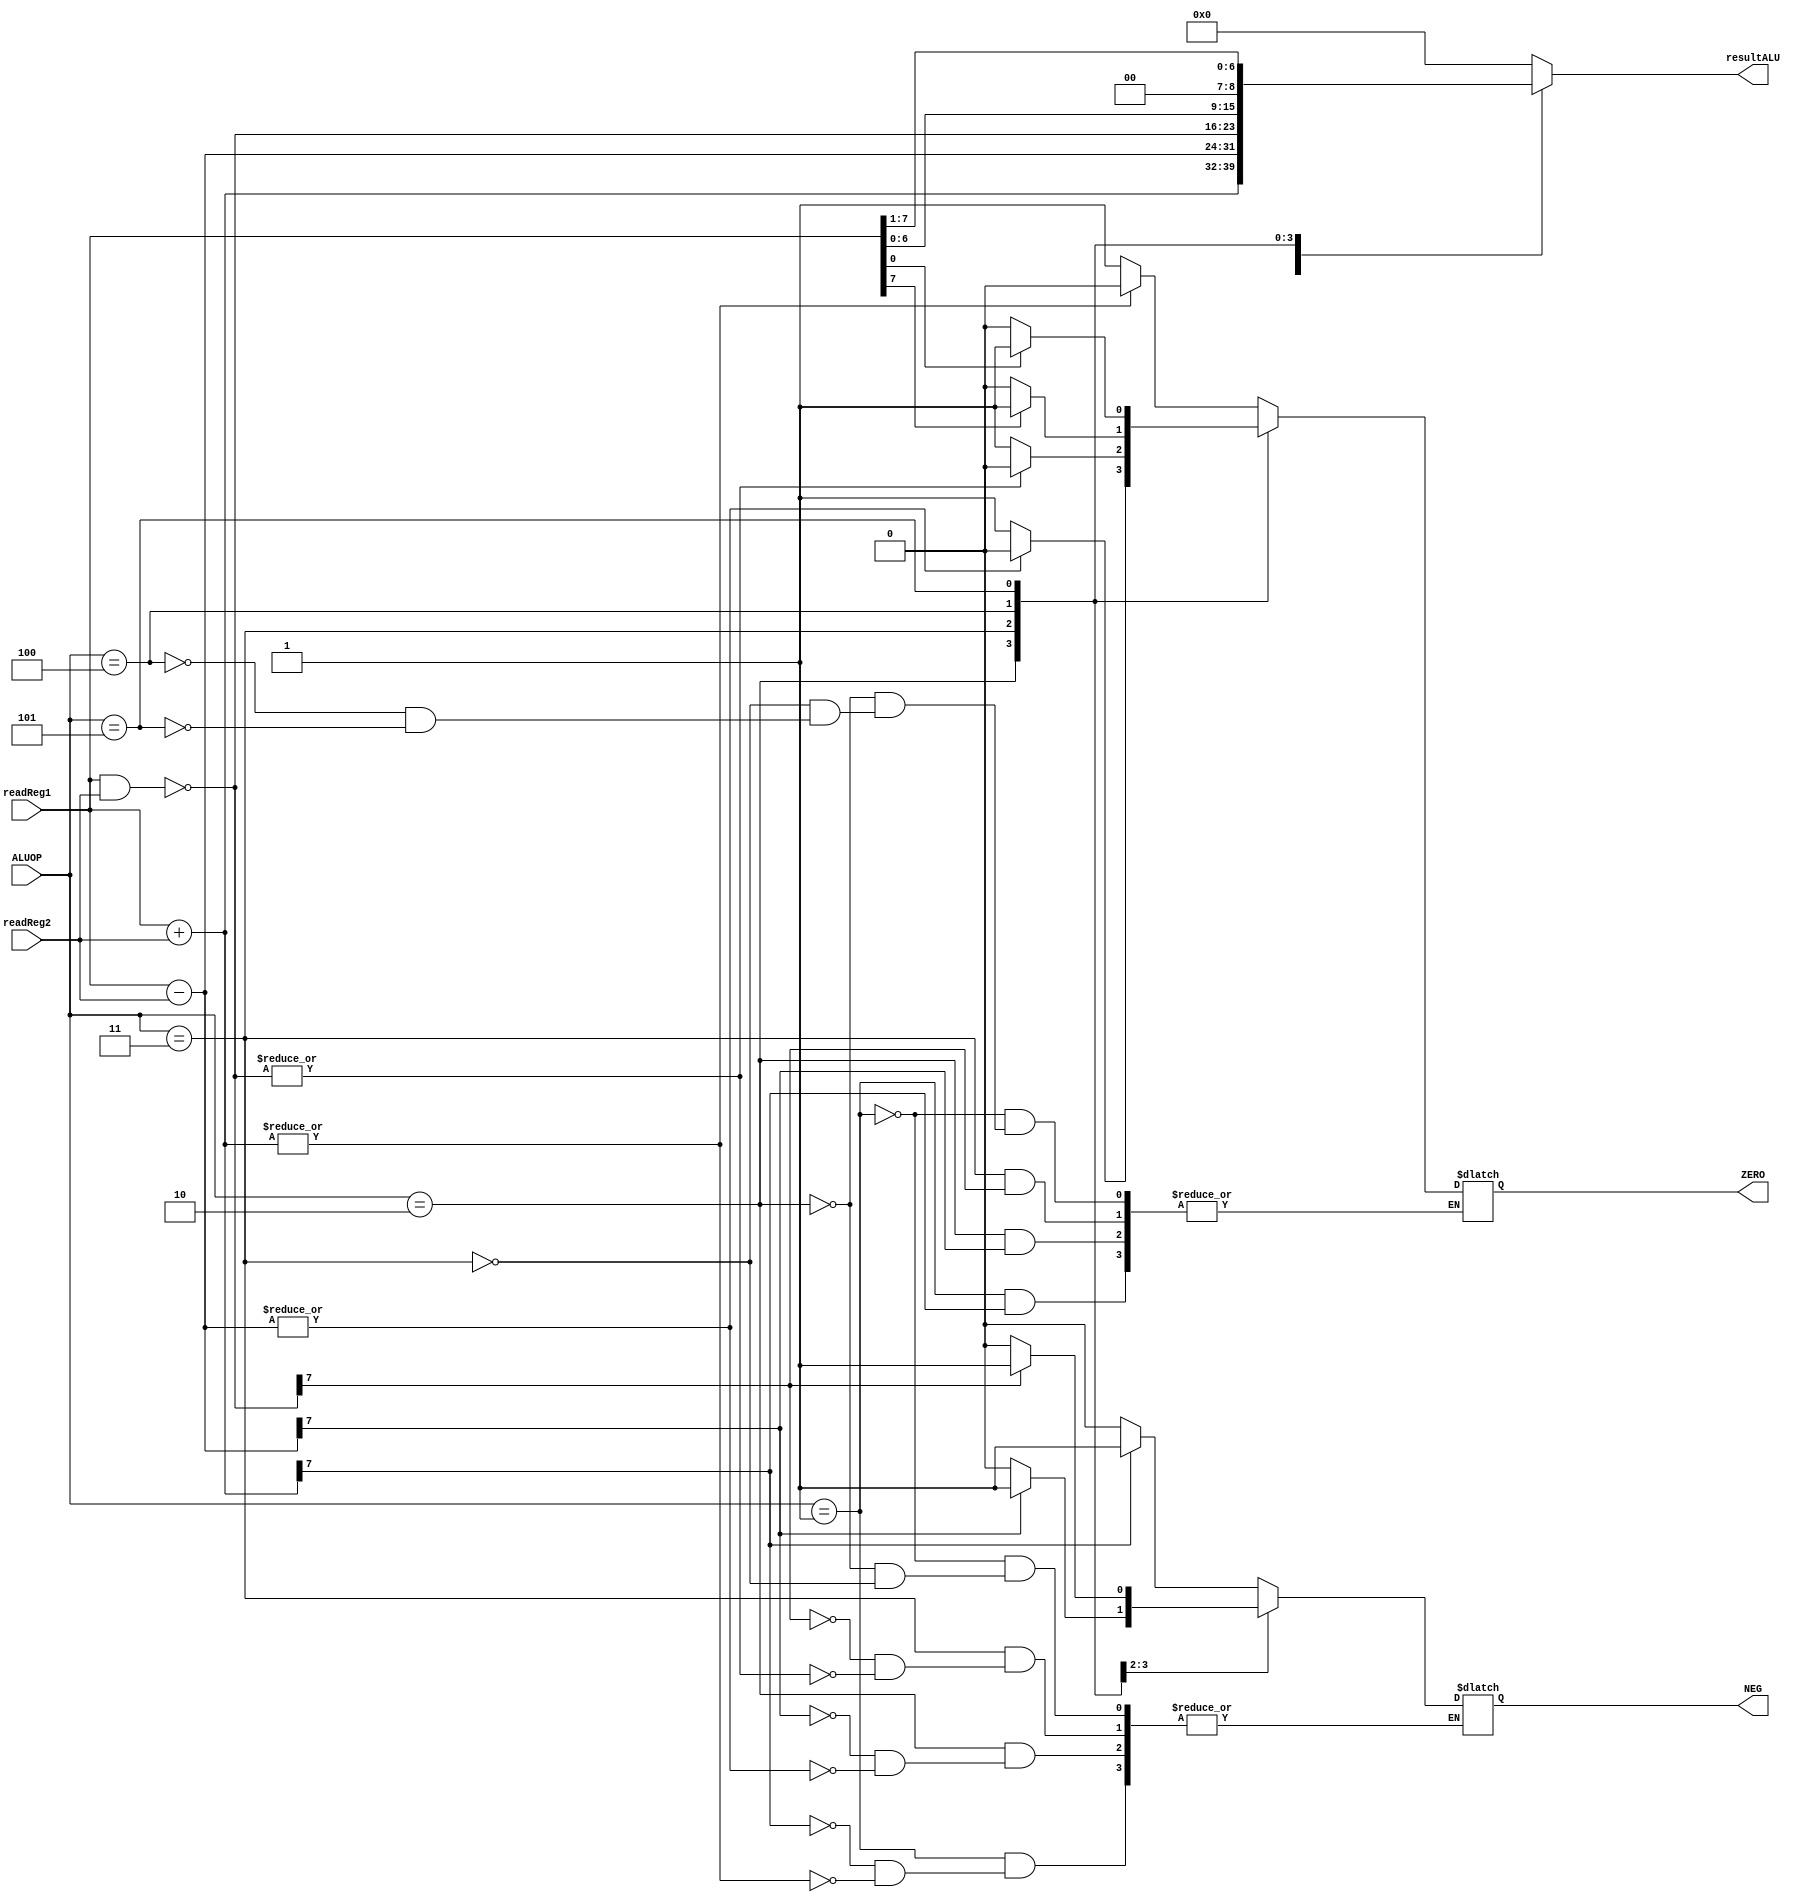
module ALU(ALUOP,readReg1,readReg2,resultALU,ZERO,NEG);

input [2:0] ALUOP;
input signed [7:0] readReg1;
input signed [7:0] readReg2;

output reg signed [7:0] resultALU;

output reg ZERO;
output reg NEG;

initial begin
	resultALU <= 0;
	ZERO <= 0;
	NEG <= 0;
end

always @(ALUOP) begin
	
	case(ALUOP)
		default://NOP 
				  resultALU = 0;
		3'b001://ADD
				 begin
					resultALU = readReg1+readReg2;
					if(resultALU[7]==1) begin
						NEG <= 1;
					end
					else if(~(|resultALU)) begin
						ZERO <= 1;
					end
					else begin
						ZERO <= 0;
						NEG <= 0;
					end
				 end
		3'b010://SUB
				 begin
					resultALU = readReg1-readReg2;
					if(resultALU[7]==1) begin
						NEG <= 1;
					end
					else if(~(|resultALU)) begin
						ZERO <= 1;
					end
					else begin
						ZERO <= 0;
						NEG <= 0;
					end
				 end
		3'b011://NAND
				 begin
					resultALU = ~(readReg1&readReg2);
					if(resultALU[7]==1) begin
						NEG <= 1;
					end
					else if(~(|resultALU)) begin
						ZERO <= 1;
					end
					else begin
						ZERO <= 0;
						NEG <= 0;
					end
				 end
		3'b100://SHL
				 begin
					resultALU = readReg1<<1;
					if(readReg1[7]==1) begin
						ZERO <= 1;
					end
					else begin
						ZERO <= 0;
					end
				 end
		3'b101://SHR
				 begin
					resultALU = readReg1>>1;
					if(readReg1[0]==1) begin
						ZERO <= 1;
					end
					else begin
						ZERO <= 0;
					end
				 end
	endcase
end

endmodule